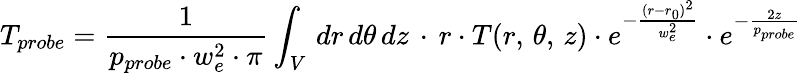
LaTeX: T_{probe}=\frac{1}{p_{probe}\cdot w_{e}^{2}\cdot\pi}\int_{V}\, dr\, d\theta\, dz\, \cdot\, r\cdot T(r,\, \theta,\, z)\cdot e^{-\frac{(r-r_{0})^{2}}{w_{e}^{2}}}\cdot e^{-\frac{2z}{p_{probe}}}